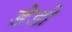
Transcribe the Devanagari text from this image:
डेडो